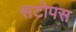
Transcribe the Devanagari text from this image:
सटोपस